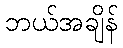
ဘယ်အချိန်